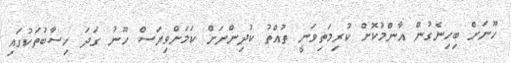
ހޫނަށް ބިހިނެގުން އާންމުކޮށް ކުރިމަތިވަނީ ތުއްތު ކުދިންނަށް ކަމަށްވިޔަސް ހޫނު ގަދަ ހިސާބުތަކުގައި